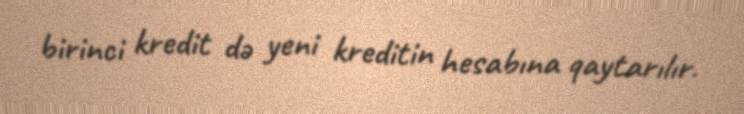
birinci kredit də yeni kreditin hesabına qaytarılır.